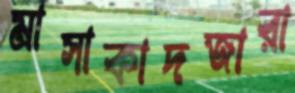
মাসাকাদজারা